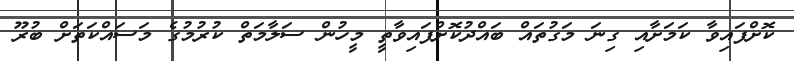
ކޮށްފައިވާ ކަމަށާއި ގިނަ މަގުތައް ބައްދުކޮށްފައިވާތީ މީހުން ސަލާމަތް ކުރުމުގެ މަސައްކަތަށް ބުރޫ